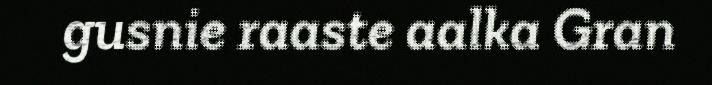
gusnie raaste aalka Gran